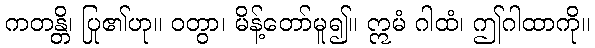
ကတန္တိ၊ ပြု၏ဟု။ ဝတွာ၊ မိန့်တော်မူ၍။ ဣမံ ဂါထံ၊ ဤဂါထာကို။